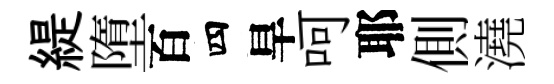
緹墮百四旱呵耶側澆